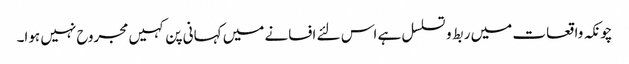
چونکہ واقعات میں ربط و تسلسل ہے اس لئے افسانے میں کہانی پن کہیں مجروح نہیں ہوا۔